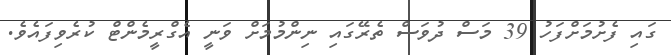
ގައި ފެށުމަށްފަހު 39 މަސް ދުވަސް ތެރޭގައި ނިންމުމަށް ވަނީ އެގްރީމެންޓް ކުރެވިފައެވެ.